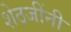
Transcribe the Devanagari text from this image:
शेठजींनी